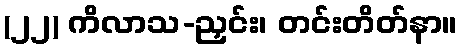
(၂၂) ကိလာသ-ညှင်း၊ တင်းတိတ်နာ။